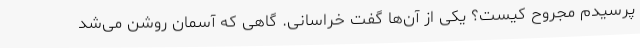
پرسیدم مجروح کیست؟ یکی از آن‌ها گفت خراسانی. گاهی که آسمان روشن می‌شد